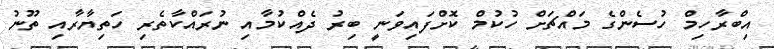
އިބްރާހިމް ހުސެންގެ މައްޗަށް ހުކުމް ކޮށްފައިވަނީ ބިރު ދެއްކުމާއި ނުރައްކާތެރި ހަތިޔާރާއި ތޫނު